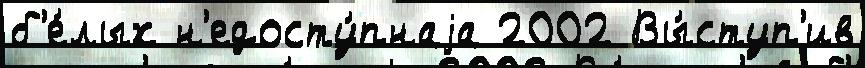
б'е́лых н'едосту́пнаjа 2002 Вы́ступ'ив